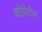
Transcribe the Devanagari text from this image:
कोंडोलीला